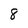
Character: 8